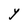
Character: Y